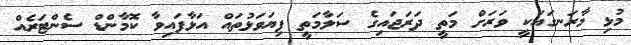
މުޅި މާރަނގައަކީ ވަރަށް މަތީ ދަރަޖައިގެ ސަލާމަތީ ފިޔަވަޅުތައް އަޅާފައިވާ ކޮމާންޑް ސެންޓަރެއް